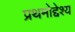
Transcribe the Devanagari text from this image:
प्रथमोद्देश्य